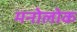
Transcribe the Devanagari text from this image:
मनोलोक